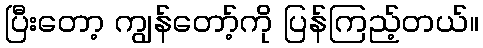
ပြီးတော့ ကျွန်တော့်ကို ပြန်ကြည့်တယ်။